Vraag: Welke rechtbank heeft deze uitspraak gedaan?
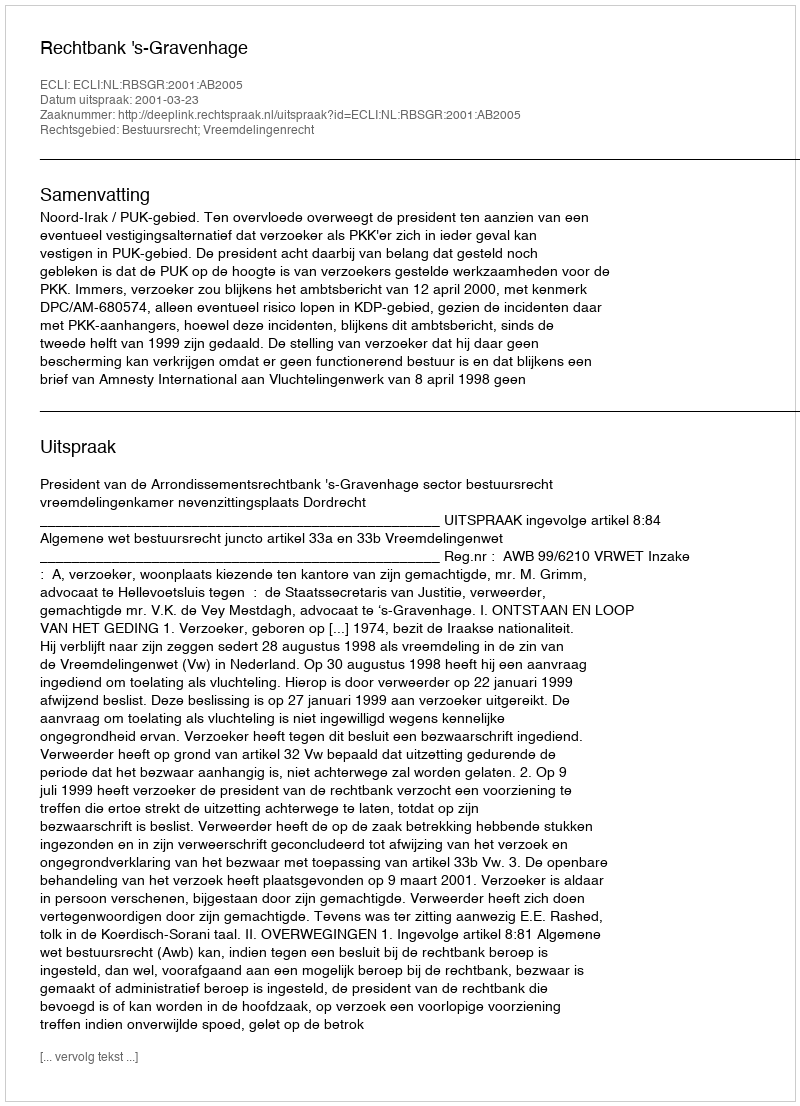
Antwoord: Rechtbank 's-Gravenhage